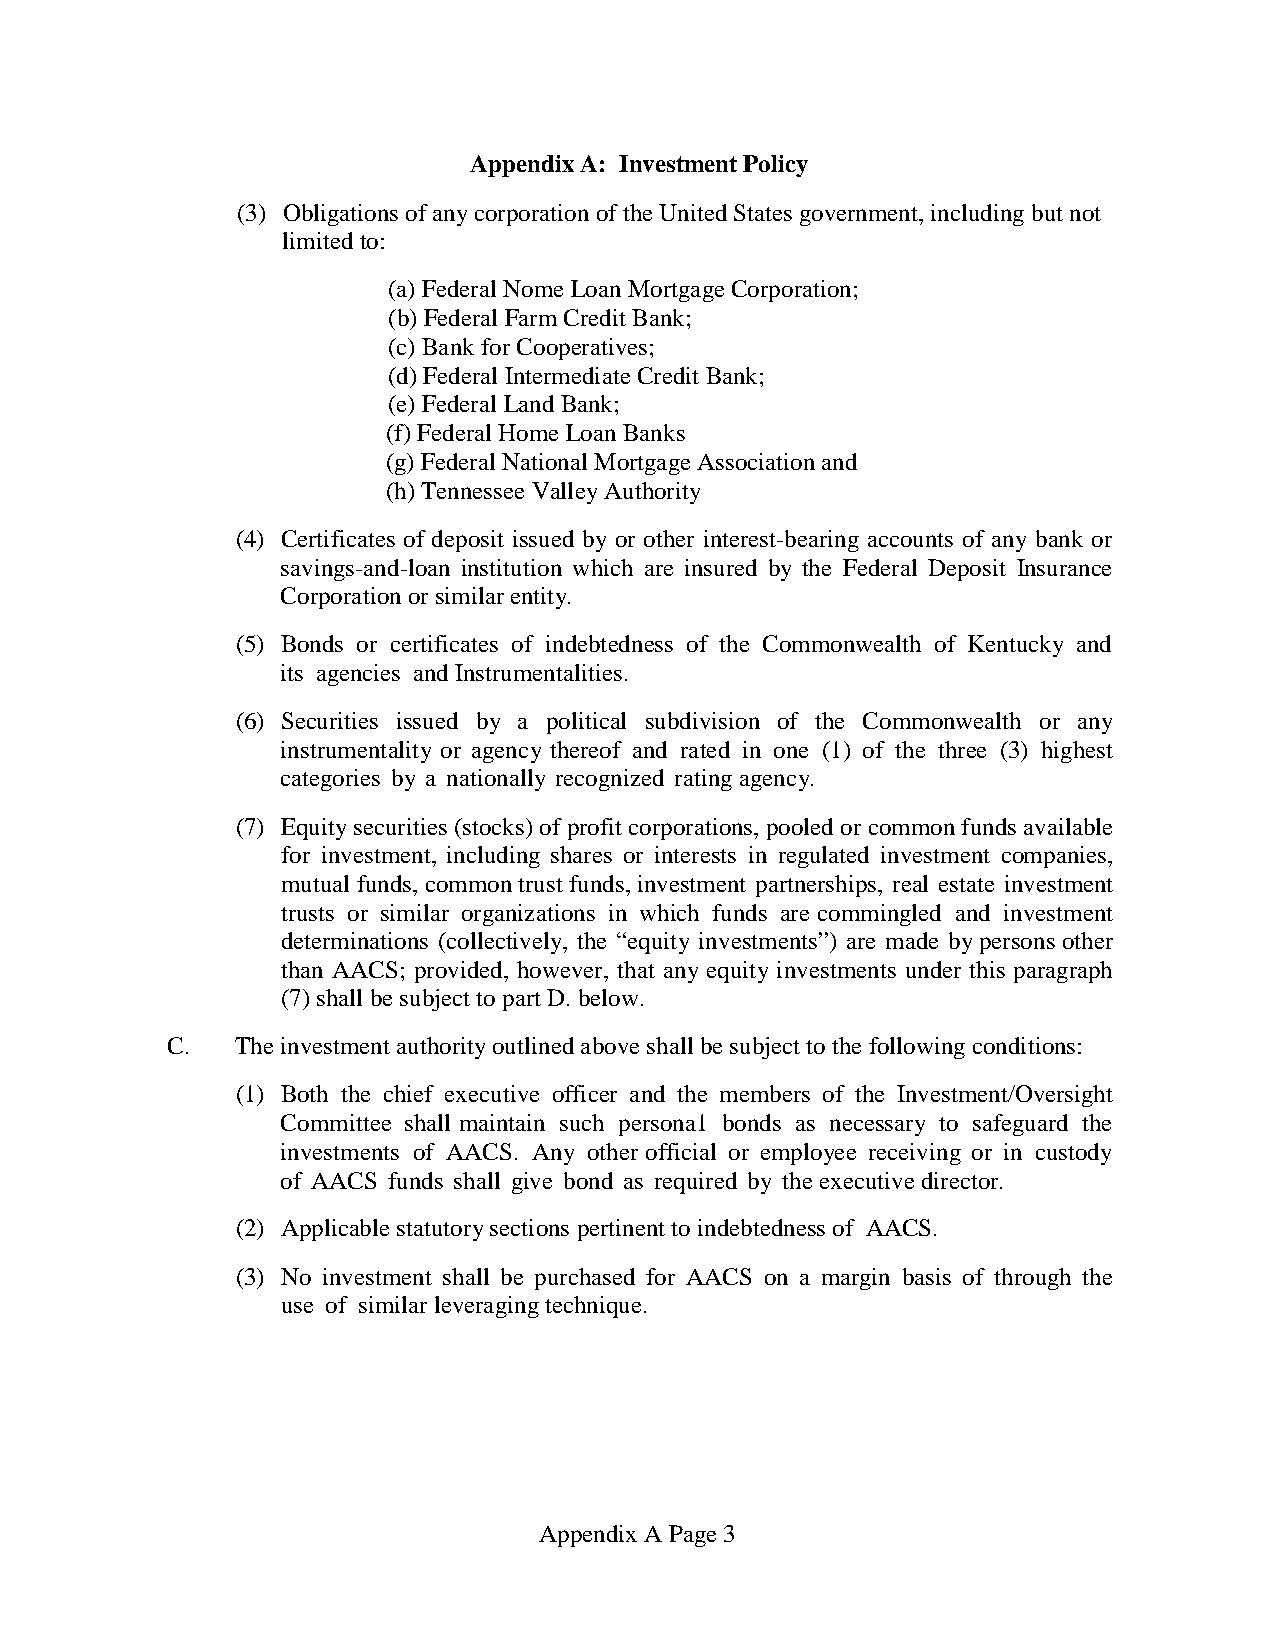
Appendix A: Investment Policy
 (3) Obligations of any corporation of the United States government, including but not
 limited to:
 (a) Federal Nome Loan Mortgage Corporation;
 (b) Federal Farm Credit Bank;
 (c) Bank for Cooperatives;
 (d) Federal Intermediate Credit Bank;
 (e) Federal Land Bank;
 (f) Federal Home Loan Banks
 (g) Federal National Mortgage Association and
 (h) Tennessee Valley Authority
 (4) Certificates of deposit issued by or other interest-bearing accounts of any bank or
 savings-and-loan institution which are insured by the Federal Deposit Insurance
 Corporation or similar entity.
 (5) Bonds or certificates of indebtedness of the Commonwealth of Kentucky and
 its agencies and Instrumentalities.
 (6) Securities issued by a political subdivision of the Commonwealth or any
 instrumentality or agency thereof and rated in one (1) of the three (3) highest
 categories by a nationally recognized rating agency.
 (7) Equity securities (stocks) of profit corporations, pooled or common funds available
 for investment, including shares or interests in regulated investment companies,
 mutual funds, common trust funds, investment partnerships, real estate investment
 trusts or similar organizations in which funds are commingled and investment
 determinations (collectively, the “equity investments”) are made by persons other
 than AACS; provided, however, that any equity investments under this paragraph
 (7) shall be subject to part D. below.
 C.   The investment authority outlined above shall be subject to the following conditions:
 (1) Both the chief executive officer and the members of the Investment/Oversight
 Committee shall maintain such persona1 bonds as necessary to safeguard the
 investments of AACS. Any other official or employee receiving or in custody
 of AACS funds shall give bond as required by the executive director.
 (2) Applicable statutory sections pertinent to indebtedness of AACS.
 (3) No investment shall be purchased for AACS on a margin basis of through the
 use of similar leveraging technique.
 Appendix A Page 3